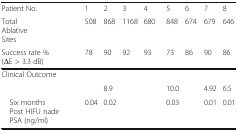
<table><thead><tr><td><b>Patient No.</b></td><td><b>1</b></td><td><b>2</b></td><td><b>3</b></td><td><b>4</b></td><td><b>5</b></td><td><b>6</b></td><td><b>7</b></td><td><b>8</b></td></tr><tr><td><b>Total Ablative Sites</b></td><td><b>508</b></td><td><b>868</b></td><td><b>1168</b></td><td><b>680</b></td><td><b>848</b></td><td><b>674</b></td><td><b>679</b></td><td><b>646</b></td></tr><tr><td><b>Success rate % (ΔE &gt; 3.3 dB)</b></td><td><b>78</b></td><td><b>90</b></td><td><b>92</b></td><td><b>93</b></td><td><b>73</b></td><td><b>86</b></td><td><b>90</b></td><td><b>86</b></td></tr></thead><tbody><tr><td colspan="9">Clinical Outcome</td></tr><tr><td>[EMPTY_CELL]</td><td>[EMPTY_CELL]</td><td>8.9</td><td>[EMPTY_CELL]</td><td>[EMPTY_CELL]</td><td>10.0</td><td>[EMPTY_CELL]</td><td>4.92</td><td>6.5</td></tr><tr><td> Six months Post HIFU nadir PSA (ng/ml)</td><td>0.04</td><td>0.02</td><td>[EMPTY_CELL]</td><td>[EMPTY_CELL]</td><td>0.03</td><td>[EMPTY_CELL]</td><td>0.01</td><td>0.01</td></tr></tbody></table>